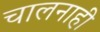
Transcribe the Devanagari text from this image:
चालनाही